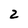
Character: 2